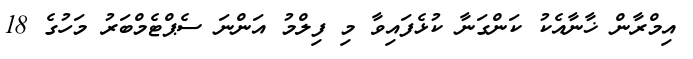
އިމްރާން ޚާނާއެކު ކަންގަނާ ކުޅެފައިވާ މި ފިލްމު އަންނަ ސެޕްޓެމްބަރު މަހުގެ 18